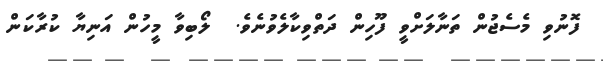
ފޮނުވި މެސެޖުން ތަނާލަށްވީ ފޫހިން ދަތްވިކާލެވުނެވެ.  ލޯބިވާ މީހުން އަނިޔާ ކުރާކަން